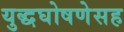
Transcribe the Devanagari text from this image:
युद्धघोषणेसह